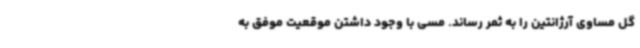
گل مساوی آرژانتین را به ثمر رساند. مسی با وجود داشتن موقعیت موفق به